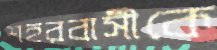
শহরবাসীকে